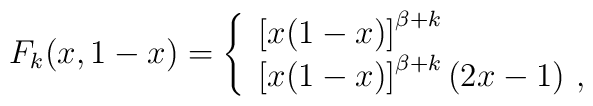
F_{k}(x,1-x)=	\left\{\begin{array}{l}\left[x(1-x)\right]^{\beta+k}\\	\left[x(1-x)\right]^{\beta+k}(2x-1)\ ,\end{array}\right.